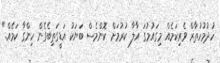
ހުދުމުހުތާރް ވެރިކަމެއް މިގައުމުގަ އާލާ ކުރުމަށް ކޮންމެސް ބަޔަކު އަޑީގަތިބެގެން ހިންގާ ކަމެއް."